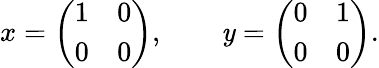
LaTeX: x=\left({\begin{array}{cc}{1}&{0}\\ {0}&{0}\end{array}}\right),\qquad\mathit{y}=\left({\begin{array}{cc}{0}&{1}\\ {0}&{0}\end{array}}\right).